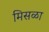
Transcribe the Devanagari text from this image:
मिसळा